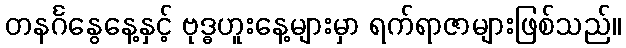
တနင်္ဂနွေနေ့နှင့် ဗုဒ္ဓဟူးနေ့များမှာ ရက်ရာဇာများဖြစ်သည်။